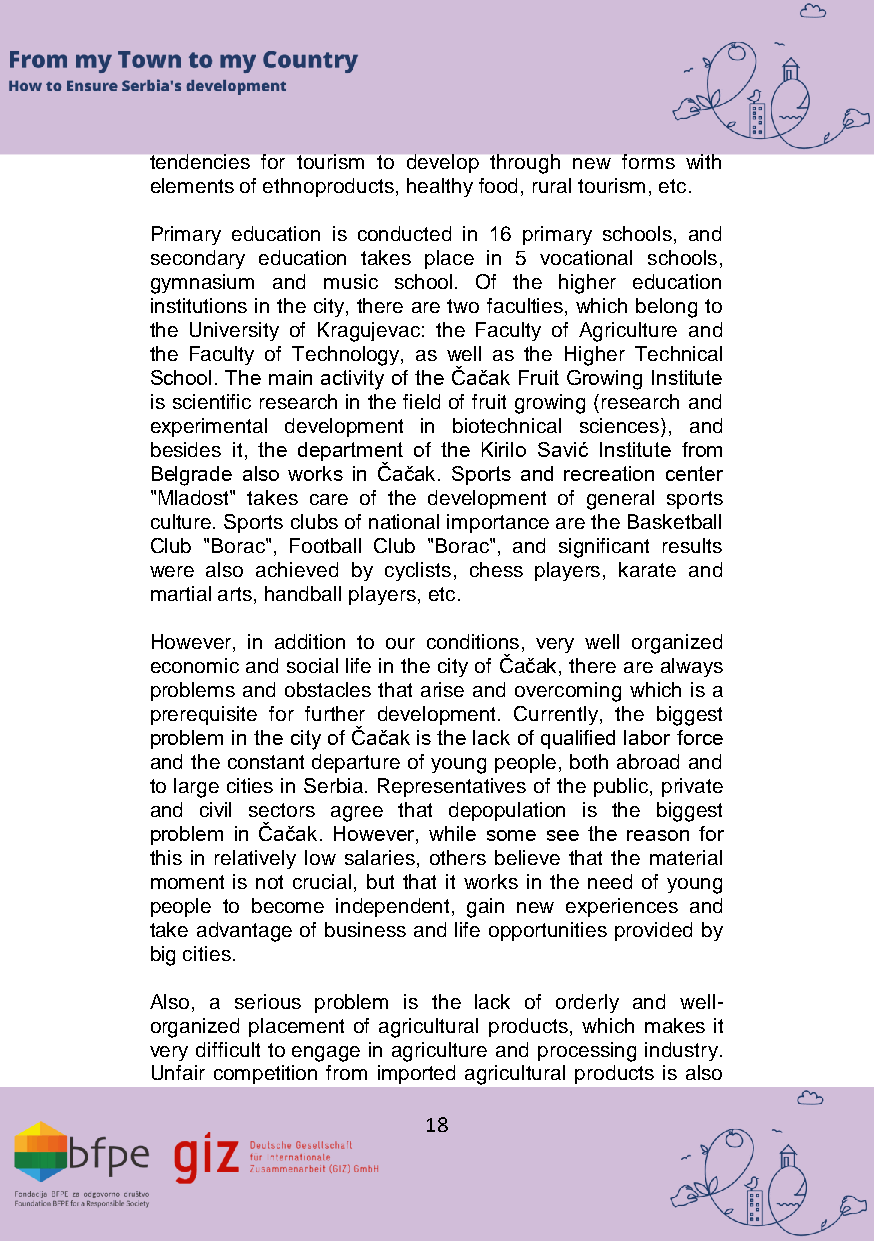
tendencies for tourism to develop through new forms with
 elements of ethnoproducts, healthy food, rural tourism, etc.
 Primary education is conducted in 16 primary schools, and
 secondary education takes place in 5 vocational schools,
 gymnasium and music school. Of the higher education
 institutions in the city, there are two faculties, which belong to
 the University of Kragujevac: the Faculty of Agriculture and
 the Faculty of Technology, as well as the Higher Technical
 School. The main activity of the Čačak Fruit Growing Institute
 is scientific research in the field of fruit growing (research and
 experimental development in biotechnical sciences), and
 besides it, the department of the Kirilo Savić Institute from
 Belgrade also works in Čačak. Sports and recreation center
 "Mladost" takes care of the development of general sports
 culture. Sports clubs of national importance are the Basketball
 Club "Borac", Football Club "Borac", and significant results
 were also achieved by cyclists, chess players, karate and
 martial arts, handball players, etc.
 However, in addition to our conditions, very well organized
 economic and social life in the city of Čačak, there are always
 problems and obstacles that arise and overcoming which is a
 prerequisite for further development. Currently, the biggest
 problem in the city of Čačak is the lack of qualified labor force
 and the constant departure of young people, both abroad and
 to large cities in Serbia. Representatives of the public, private
 and civil sectors agree that depopulation is the biggest
 problem in Čačak. However, while some see the reason for
 this in relatively low salaries, others believe that the material
 moment is not crucial, but that it works in the need of young
 people to become independent, gain new experiences and
 take advantage of business and life opportunities provided by
 big cities.
 Also, a serious problem is the lack of orderly and well-
 organized placement of agricultural products, which makes it
 very difficult to engage in agriculture and processing industry.
 Unfair competition from imported agricultural products is also
 18